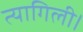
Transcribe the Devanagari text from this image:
त्यागिली।